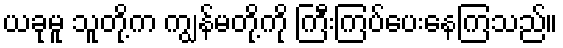
ယခုမူ သူတို့က ကျွန်မတို့ကို ကြီးကြပ်ပေးနေကြသည်။